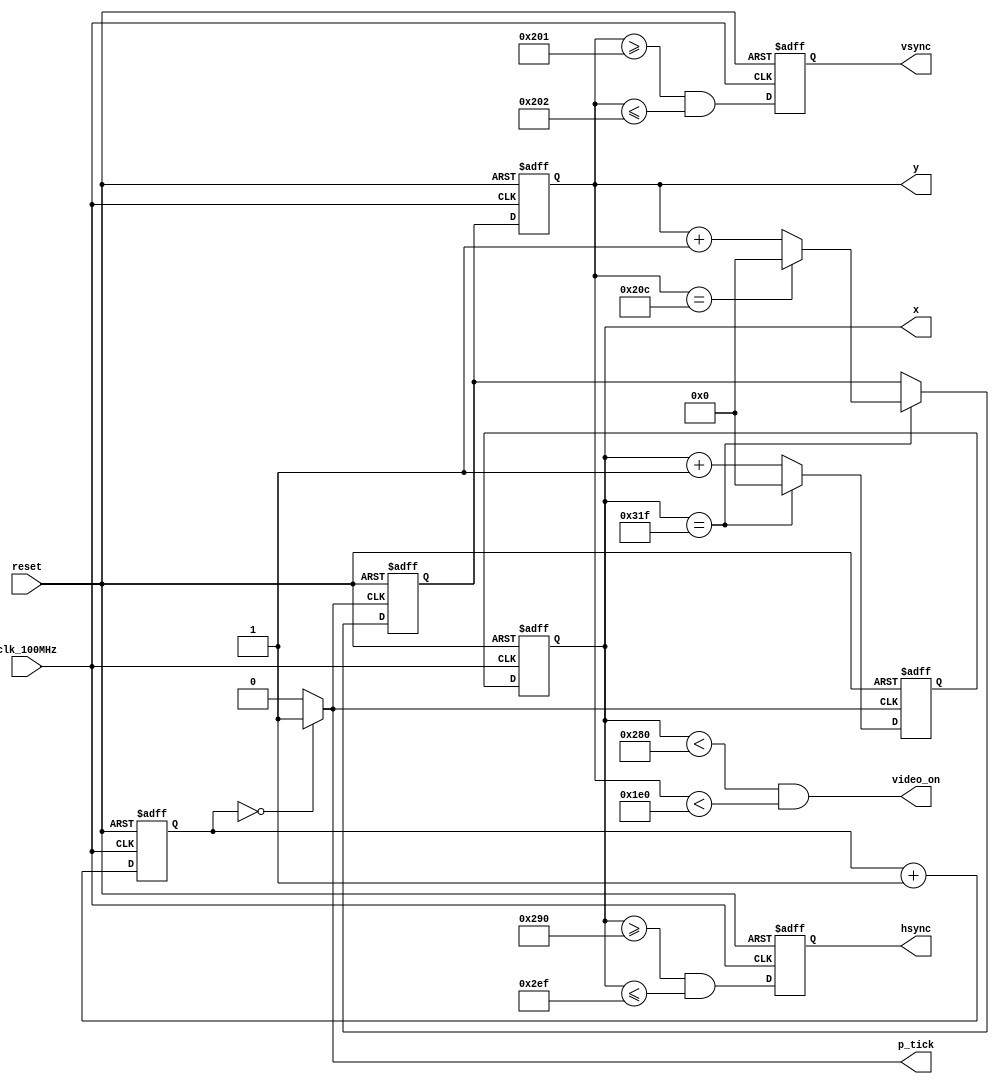
module vga_controller(
    input clk_100MHz,
    input reset,    // system reset
    output video_on,    // ON while pixel counts for x and y and within display area
    output hsync,   // horizontal sync
    output vsync,   // vertical sync
    output p_tick,  // the 25Mhz pixel/second rate signal, pixel tick
    output [9:0]    x,  // pixel count/position of pixel x, max 0-799
    output [9:0]    y  // pixel coutn/position of pixel ymax 0-524
);

//  Total horizontal width of screen = 800 pixels, partitoned into sections
    parameter HD = 640;     // horizontal display area width in pixels
    parameter HF = 48;      // horizontal front porch width in pixels
    parameter HB = 16;      // horizontal back porch width in pixels
    parameter HR = 96;      // horizontal retrace width in pixels
    parameter HMAX = HD+HF+HB+HR-1;    // max value of horizontal counter = 799

// total vertical length of screen = 525 pixels, partitioned into sections
    parameter VD = 480;     // vertical display area length in pixels
    parameter VF = 10;      // vertical front porch length in pixels
    parameter VB = 33;      // vertical back porch length in pixels
    parameter VR = 2;       // vertical retrace length in pixels
    parameter VMAX = VD+VF+VB+VR-1; // max value of vertical counter = 524

    // *** Generate 25MHz from 100MHz-------------------------------------------
    reg [1:0] r_25MHz;
    wire w_25MHz;

    always @(posedge clk_100MHz or posedge reset)
        if (reset)
            r_25MHz <= 0;
        else
            r_25MHz <= r_25MHz + 1;

    assign w_25MHz = (r_25MHz == 0) ? 1 : 0;
    //****************************************************************************

    // counter registers, two each for buffering to avoid glitches
    reg [9:0] h_count_reg, h_count_next;
    reg [9:0] v_count_reg, v_count_next;

    // Output Buffers
    reg v_sync_reg, h_sync_reg;
    wire v_sync_next, h_sync_next;

    // Register Control
    always @(posedge clk_100MHz or posedge reset)
        if (reset) begin
            v_count_reg <= 0;
            h_count_reg <= 0;
            v_sync_reg  <= 1'b0;
            h_sync_reg  <= 1'b0;
        end
        else begin
            v_count_reg <= v_count_next;
            h_count_reg <= h_count_next;
            v_sync_reg  <= v_sync_next;
            h_sync_reg  <= h_sync_next;
        end

    // Logic for horizontal counter
    always @(posedge w_25MHz or posedge reset)
        if (reset)
            h_count_next = 0;
        else
            if (h_count_reg == HMAX)            // end of horizontal scan
                h_count_next = 0;
            else
                h_count_next = h_count_reg + 1;

    always @(posedge w_25MHz or posedge reset)
        if (reset)
            v_count_next = 0;
        else
            if (h_count_reg == HMAX)            // end of horizontal scan
                if (v_count_reg == VMAX)        // end of vertical scan
                    v_count_next = 0;
                else
                    v_count_next = v_count_reg + 1;


    // h_sync_next asserted within the horizontal retrace area
    assign h_sync_next = (h_count_reg >= (HD+HB) && h_count_reg <= (HD+HB+HR-1));

    // v_sync_next asserted within the verticala retrace area
    assign v_sync_next = (v_count_reg >= (VD+VB) && v_count_reg <= (VD+VB+VR-1));

    // Video ON/OFF - only ON while pixel counts are within the display area
    assign video_on = (h_count_reg < HD) && (v_count_reg < VD); // 0-639 and 0-479 respectively

    // Outputs
    assign hsync = h_sync_reg;
    assign vsync = v_sync_reg;
    assign x     = h_count_reg;
    assign y     = v_count_reg;
    assign p_tick = w_25MHz;
endmodule